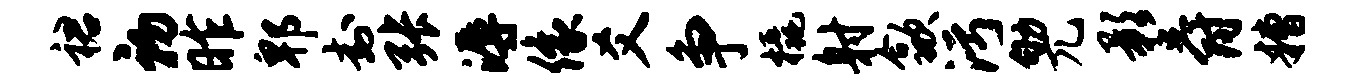
裙初昨郫封张溽像爻争橇射歙污劬兀影爵糟